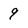
Character: 9